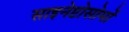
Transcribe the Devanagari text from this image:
साइनेप्टोसोमों